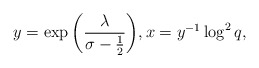
\begin{align*}y = \exp{\left(\frac{\lambda}{\sigma-\frac{1}{2}}\right)}, x = y^{-1}\log^{2}{q},\end{align*}